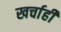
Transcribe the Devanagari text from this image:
खर्चाही